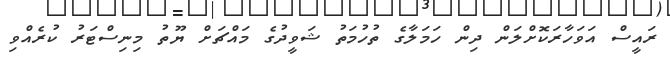
ރައީސް އަވަހާރަކޮށްލަން ދިން ހަމަލާގެ ތުހުމަތު ޝަވީދުގެ މައްޗަށް ޔޫތު މިނިސްޓަރު ކުރެއްވި